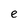
Character: e